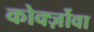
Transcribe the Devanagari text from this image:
कोर्क्ज़ोवा